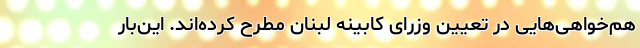
هم‌خواهی‌هایی در تعیین وزرای کابینه لبنان مطرح کرده‌اند. این‌بار